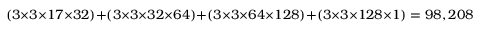
( 3 \times 3 \times 1 7 \times 3 2 ) + ( 3 \times 3 \times 3 2 \times 6 4 ) + ( 3 \times 3 \times 6 4 \times 1 2 8 ) + ( 3 \times 3 \times 1 2 8 \times 1 ) = 9 8 , 2 0 8